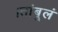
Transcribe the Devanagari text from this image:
।तांबूलं